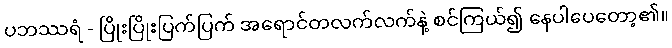
ပဘဿရံ - ပြိုးပြိုးပြက်ပြက် အရောင်တလက်လက်နဲ့ စင်ကြယ်၍ နေပါပေတော့၏။